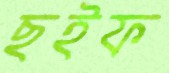
ছইফ